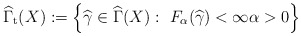
\begin{align*}\widehat{\Gamma }_{\mathrm{t}}(X):=\left\{ \widehat{\gamma }\in \widehat{\Gamma }(X):\ F_{\alpha }(\widehat{\gamma })<\infty \alpha>0\right\} \end{align*}